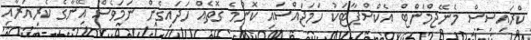
ކްރައިސިސް މެނޭޖްމަންޓް އެކްސްޕާޓަކު ހަމަޖައްސައި ކޮންމެ ގޮތެއް ހަދައިގެން ނަމަވެސް އޭނާގެ ކެރިއަރާއި